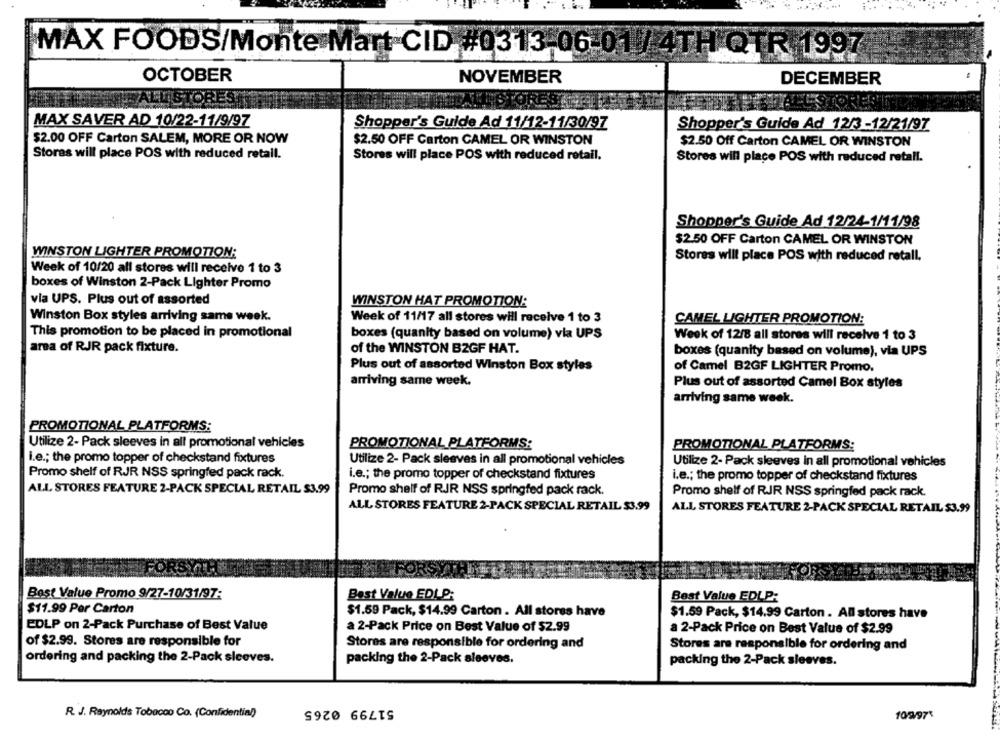
MAX FOODS/Monte Mart-CID #0313-06-01 / 4TH QTR 1997
OCTOBER
NOVEMBER
DECEMBER
MAX SAVER AD 10/22-11/9/97
Shopper's Guide Ad 11/12-11/30/97
Shopper's Guide Ad 12/3-12/21/97
$2.00 OFF Carton SALEM, MORE OR NOW
$2.50 OFF Carton CAMEL OR WINSTON
$2.50 Off Carton CAMEL OR WINSTON
Stores will place POS with reduced retail.
Stores will place POS with reduced retail.
Stores will place POS with reduced retail.
Shopper's Guide Ad 12/24-1/11/98
$2.50 OFF Carton CAMEL OR WINSTON
WINSTON LIGHTER PROMOTION;
Stores will place POS with reduced retall.
Week of 10/20 all stores will receive 1 to 3
boxes of Winston 2-Pack Lighter Promo
via UPS. Plus out of assorted
WINSTON HAT PROMOTION:
Winston Box styles arriving same week.
Week of 11/17 all stores will receive 1 to 3
CAMEL LIGHTER PROMOTION:
This promotion to be placed in promotional
boxes (quanity based on volume) via UPS
Week of 12/8 all stores will receive 1 to 3
area of RJR pack fixture.
of the WINSTON B2GF HAT.
boxes (quanity based on volume), via UPS
Plus out of assorted Winston Box styles
of Camel B2GF LIGHTER Promo.
arriving same week.
Plus out of assorted Camel Box styles
arriving same week.
PROMOTIONAL PLATFORMS:
Utilize 2- Pack sleeves in all promotional vehicles
PROMOTIONAL PLATFORMS:
PROMOTIONAL PLATFORMS:
i.e .; the promo topper of checkstand fixtures
Utilize 2- Pack sleeves in all promotional vehicles
Utilize 2- Pack sleeves in all promotional vehicles
Promo shelf of RJR NSS springfed pack rack.
i.e .; the promo topper of checkstand fixtures
i.e .; the promo topper of checkstand fixtures
ALL STORES FEATURE 2-PACK SPECIAL RETAIL $3.99
Promo shelf of RJR NSS springfed pack rack.
Promo shelf of RJR NSS springfed pack rack.
ALL STORES FEATURE 2-PACK SPECIAL RETAIL $3.99
ALL STORES FEATURE 2-PACK SPECIAL RETAIL $3.99
Best Value Promo 9/27-10/31/97:
Best Value EDLP:
Best Value EDLP:
$11.99 Per Carton
$1.59 Pack, $14.99 Carton . All stores have
$1.59 Pack, $14.99 Carton . All stores have
EDLP on 2-Pack Purchase of Best Value
a 2-Pack Price on Best Value of $2.99
a 2-Pack Price on Best Value of $2.99
of $2.99. Stores are responsible for
Stores are responsible for ordering and
Stores are responsible for ordering and
ordering and packing the 2-Pack sleeves.
packing the 2-Pack sleeves.
packing the 2-Pack sleeves.
51799 0265
R. J. Reynolds Tobacco Co. (Confidential)
10/9/97%